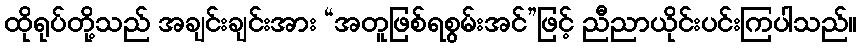
ထိုရုပ်တို့သည် အချင်းချင်းအား “အတူဖြစ်ရစွမ်းအင်”ဖြင့် ညီညာယိုင်းပင်းကြပါသည်။